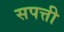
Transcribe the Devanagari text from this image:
सपत्ती